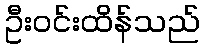
ဦးဝင်းထိန်သည်